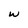
Character: w